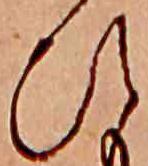
ひ